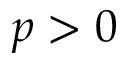
p > 0